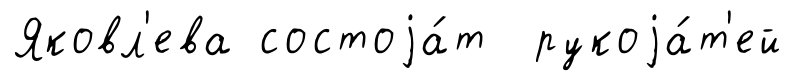
Яковл'ева состоjа́т рукоjа́т'ей